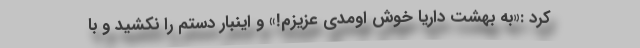
کرد :«به بهشت داریا خوش اومدی عزیزم!» و اینبار دستم را نکشید و با